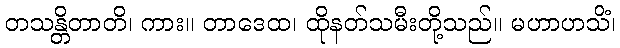
တသန္တိတာတိ၊ ကား။ တာဒေထ၊ ထိုနတ်သမီးတို့သည်။ မဟာဟသိံ၊